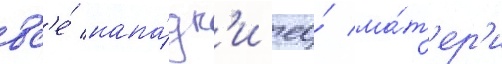
вс'е́ напа́дк'и ео́ ма́т'ер'и